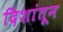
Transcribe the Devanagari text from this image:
दिशांतून